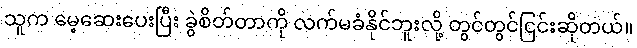
သူက မေ့ဆေးပေးပြီး ခွဲစိတ်တာကို လက်မခံနိုင်ဘူးလို့ တွင်တွင်ငြင်းဆိုတယ်။